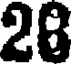
28